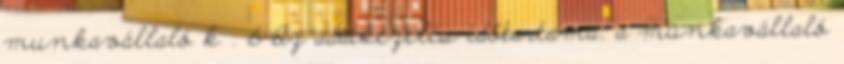
munkavállaló k . 6 Az adatkezelés időtartama: a munkavállaló